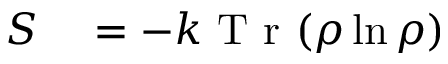
\begin{array} { r l } { S } & { { } = - k \textrm { T r } ( \rho \ln \rho ) } \end{array}